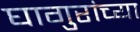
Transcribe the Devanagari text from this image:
घागुरांच्या